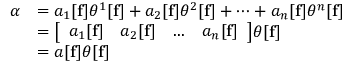
{ \begin{array} { r l } { \alpha } & { = a _ { 1 } [ \mathbf { f } ] \theta ^ { 1 } [ \mathbf { f } ] + a _ { 2 } [ \mathbf { f } ] \theta ^ { 2 } [ \mathbf { f } ] + \cdots + a _ { n } [ \mathbf { f } ] \theta ^ { n } [ \mathbf { f } ] } \\ & { = { \big \lbrack } { \begin{array} { c c c c } { a _ { 1 } [ \mathbf { f } ] } & { a _ { 2 } [ \mathbf { f } ] } & { \dots } & { a _ { n } [ \mathbf { f } ] } \end{array} } { \big \rbrack } \theta [ \mathbf { f } ] } \\ & { = a [ \mathbf { f } ] \theta [ \mathbf { f } ] } \end{array} }